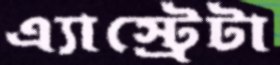
এ্যাস্ট্রেটা